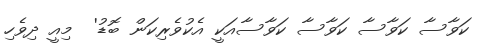
ކަވާސާ ކަވާސާ ކަވާސާ ކަވާސާއަކީ އެކުވެރިކަން ބޮޑު'  މިއީ ދިވެހި